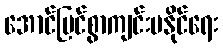
အောင်မြင်စွာကျင်းပနိုင်ရေး